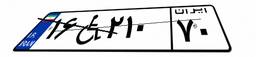
۱۶W۲۱۰۷۰